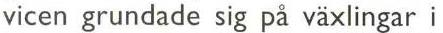
 vicen grundade sig på växlingar i